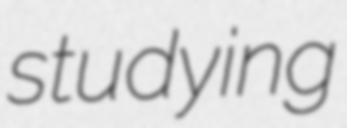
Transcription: studying